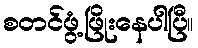
စတင်ဖွံ့ဖြိုးနေပါပြီ။